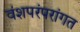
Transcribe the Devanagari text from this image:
वंशपरंपरांगत